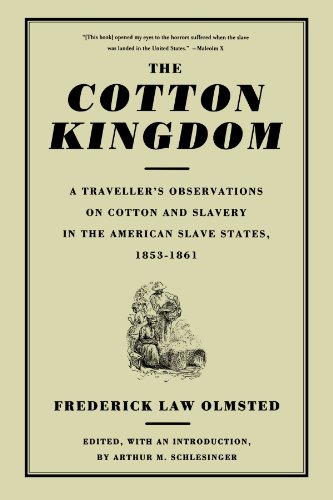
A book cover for The Cotton Kingdom: A Traveller's Observations On Cotton And Slavery In The American Slave States, 1853-1861; Frederick Law Olmsted; History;